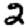
Digit: 2